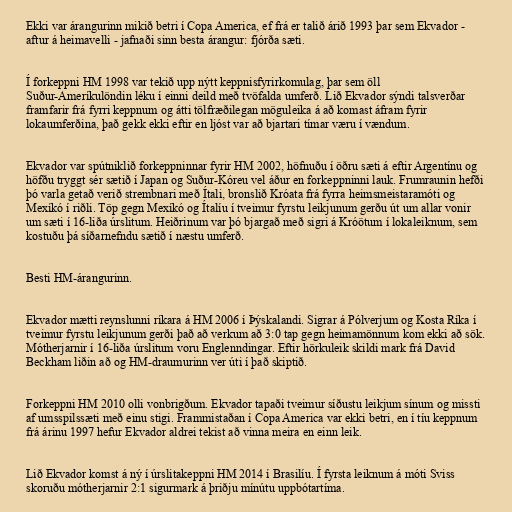
Ekki var árangurinn mikið betri í Copa America, ef frá er talið árið 1993 þar sem Ekvador -
aftur á heimavelli - jafnaði sinn besta árangur: fjórða sæti.

Í forkeppni HM 1998 var tekið upp nýtt keppnisfyrirkomulag, þar sem öll
Suður-Ameríkulöndin léku í einni deild með tvöfalda umferð. Lið Ekvador sýndi talsverðar
framfarir frá fyrri keppnum og átti tölfræðilegan möguleika á að komast áfram fyrir
lokaumferðina, það gekk ekki eftir en ljóst var að bjartari tímar væru í vændum.

Ekvador var spútniklið forkeppninnar fyrir HM 2002, höfnuðu í öðru sæti á eftir Argentínu og
höfðu tryggt sér sætið í Japan og Suður-Kóreu vel áður en forkeppninni lauk. Frumraunin hefði
þó varla getað verið strembnari með Ítali, bronslið Króata frá fyrra heimsmeistaramóti og
Mexíkó í riðli. Töp gegn Mexíkó og Ítalíu í tveimur fyrstu leikjunum gerðu út um allar vonir
um sæti í 16-liða úrslitum. Heiðrinum var þó bjargað með sigri á Króötum í lokaleiknum, sem
kostuðu þá síðarnefndu sætið í næstu umferð.

Besti HM-árangurinn.

Ekvador mætti reynslunni ríkara á HM 2006 í Þýskalandi. Sigrar á Pólverjum og Kosta Ríka í
tveimur fyrstu leikjunum gerði það að verkum að 3:0 tap gegn heimamönnum kom ekki að sök.
Mótherjarnir í 16-liða úrslitum voru Englenndingar. Eftir hörkuleik skildi mark frá David
Beckham liðin að og HM-draumurinn ver úti í það skiptið.

Forkeppni HM 2010 olli vonbrigðum. Ekvador tapaði tveimur síðustu leikjum sínum og missti
af umsspilssæti með einu stigi. Frammistaðan í Copa America var ekki betri, en í tíu keppnum
frá árinu 1997 hefur Ekvador aldrei tekist að vinna meira en einn leik.

Lið Ekvador komst á ný í úrslitakeppni HM 2014 í Brasilíu. Í fyrsta leiknum á móti Sviss
skoruðu mótherjarnir 2:1 sigurmark á þriðju mínútu uppbótartíma.